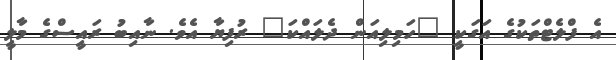
އެ ފްލެޓްތަކުގެ އަގަކީ "ހަމިލިއަންް ދެލައްްކަ" ރުފިޔާ އެވެ. ނާއިބު ރައީސްގެ މާލީ